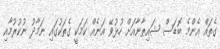
ގެތައް އެންމެ ބޮޑަސް ޝައިޠާނާއަށް ހުޅުވޭ އަނެއް ކަމަކީ ގެތަކުގައި ނަމާދު ނުކުރުމާއި